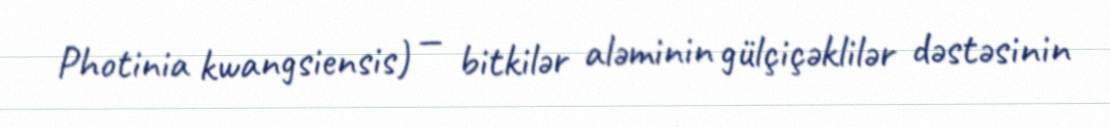
Photinia kwangsiensis) — bitkilər aləminin gülçiçəklilər dəstəsinin